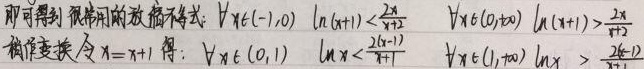
即可得到很常用的放缩不等式：\(\forall x\in(-1,0)\)  \(\ln(x + 1)<\frac{2x}{x + 2}\)  \(\forall x\in(0,+\infty)\)  \(\ln(x + 1)>\frac{2x}{x + 2}\)
稍作变换，令\(x = x+1\)得：\(\forall x\in(0,1)\)  \(\ln x<\frac{2(x - 1)}{x + 1}\)  \(\forall x\in(1,+\infty)\)  \(\ln x>\frac{2(x - 1)}{x + 1}\)